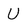
Character: U